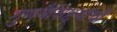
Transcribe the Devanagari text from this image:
गुणवैशिष्ट्यांची